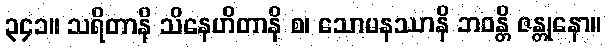
၃၄၁။ သရိတာနိ သိနေဟိတာနိ စ၊ သောမနဿာနိ ဘဝန္တိ ဇန္တုနော။